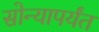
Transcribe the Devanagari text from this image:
सोन्यापर्यंत